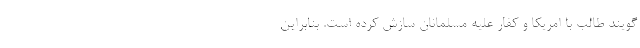
‌گويند طالب با امريكا و كفار عليه مسلمانان سازش كرده است. بنابراين